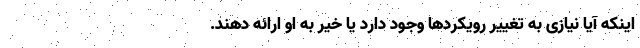
اینکه آیا نیازی به تغییر رویکردها وجود دارد یا خیر به او ارائه دهند.